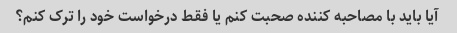
آیا باید با مصاحبه کننده صحبت کنم یا فقط درخواست خود را ترک کنم؟